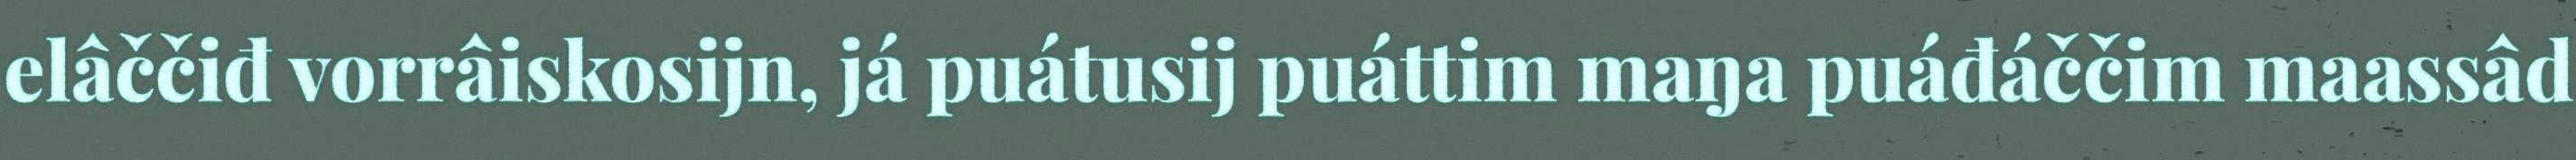
elâččiđ vorrâiskosijn, já puátusij puáttim maŋa puáđáččim maassâd